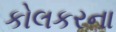
કોલકરના